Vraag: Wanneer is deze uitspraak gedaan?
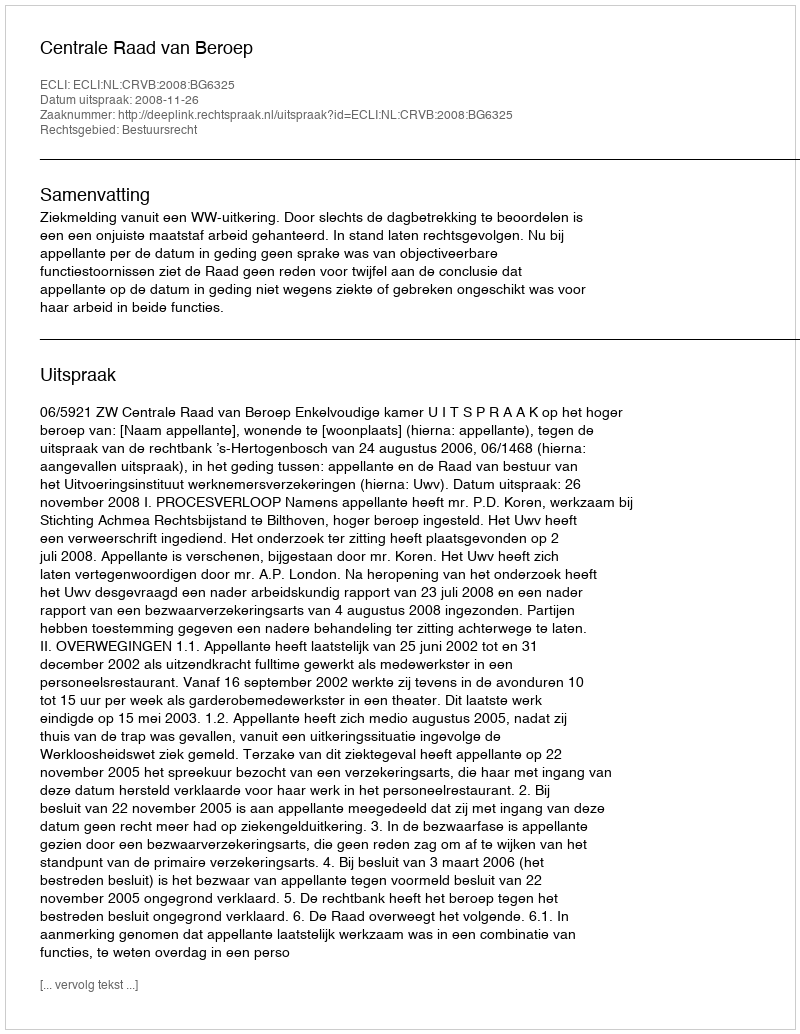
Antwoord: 2008-11-26